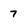
Character: 7